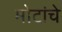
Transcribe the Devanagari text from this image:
मोटांचे